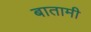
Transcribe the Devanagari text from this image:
बातामी